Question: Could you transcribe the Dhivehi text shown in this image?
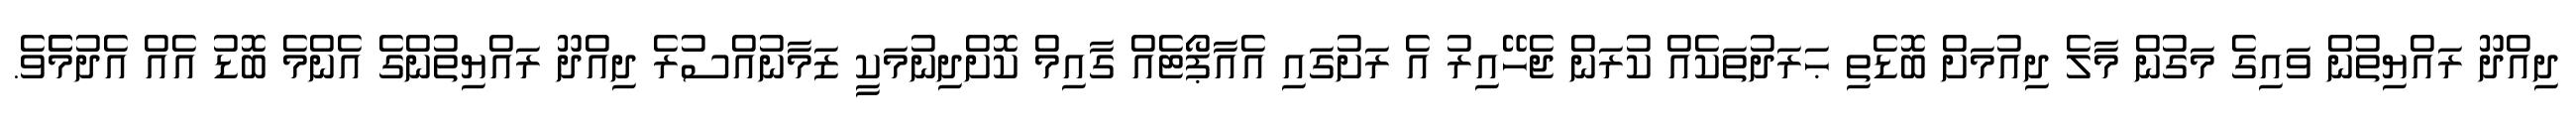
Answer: ދިއްދޫ ރައްޔިތުން ވައިގެ މަގުން މާލެ ދިއުމަށް ބޮޑެތި ޙަރަދުތަކެއް ކުރަން ޖެހޭއިރު އެ ރަށުގައި އެއާޕޯޓެއް ގާއިމް ކޮށްދިނުމަކީ ޒަމާނުއްސުރެ ދިއްދޫ ރައްޔިތުންގެ އެންމެ ބޮޑު އެއް އެދުމެެވެ.